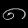
Digit: ၈